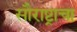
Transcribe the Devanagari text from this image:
सौराष्ट्राचा